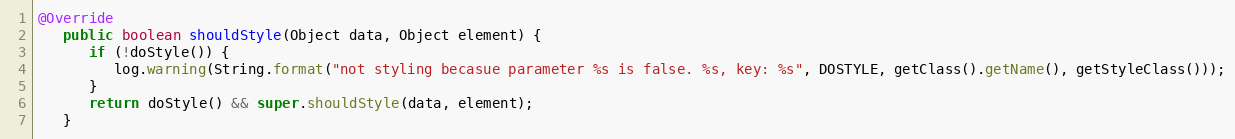
Language: Java
@Override
   public boolean shouldStyle(Object data, Object element) {
      if (!doStyle()) {
         log.warning(String.format("not styling becasue parameter %s is false. %s, key: %s", DOSTYLE, getClass().getName(), getStyleClass()));
      }
      return doStyle() && super.shouldStyle(data, element);
   }